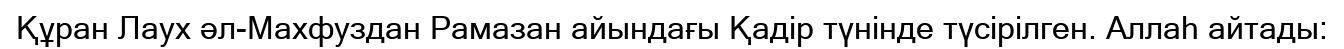
Құран Лаух әл-Махфуздан Рамазан айындағы Қадір түнінде түсірілген. Аллаһ айтады: